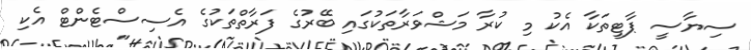
ސިޔާސީ ޕާޓީތަކާ އެކު މި ކުރާ މަޝްވަރާތަކުގައި ބޭރުގެ ފަރާތްތަކުގެ އެސިސްޓެންޓް އެކި